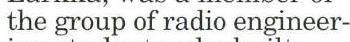
the group of radio engineer-